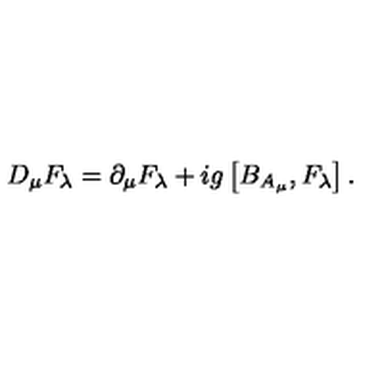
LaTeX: D _ { \mu } F _ { \lambda } = \partial _ { \mu } F _ { \lambda } + i g \left[ B _ { A _ { \mu } } , F _ { \lambda } \right] .